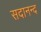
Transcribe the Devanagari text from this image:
सदानन्‍द